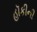
હૉકીની